Leaving Certificate, 1937
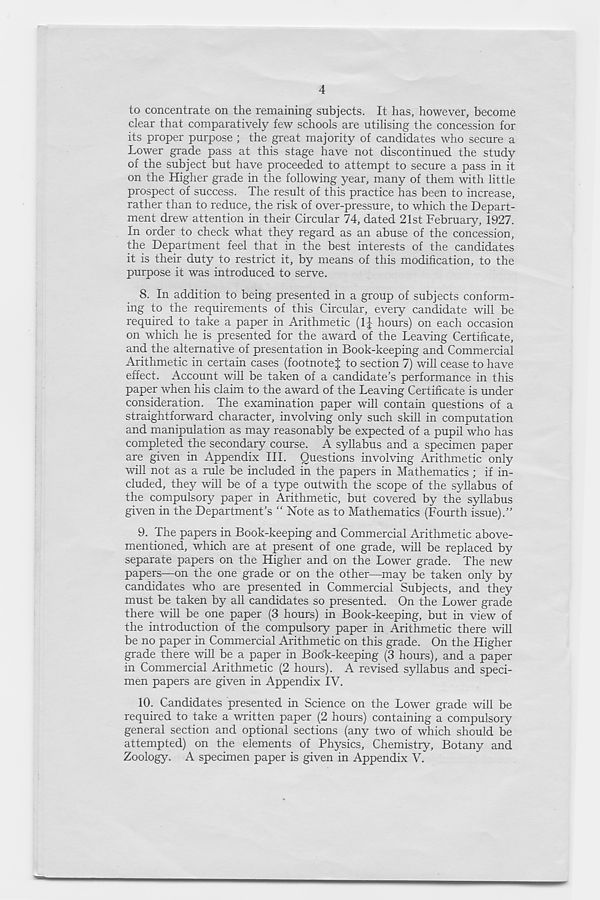
4
to concentrate on the remaining subjects. It has, however, become
clear that comparatively few schools are utilising the concession for
its proper purpose ; the great majority of candidates who secure a
Lower grade pass at this stage have not discontinued the study
of the subject but have proceeded to attempt to secure a pass in it
on the Higher grade in the following year, many of them with little
prospect of success. The result of this practice has been to increase,
rather than to reduce, the risk of over-pressure, to which the Depart-
ment drew attention in their Circular 74, dated 21st February, 1927.
In order to check what they regard as an abuse of the concession,
the Department feel that in the best interests of the candidates
it is their duty to restrict it, by means of this modification, to the
purpose it was introduced to serve.
8. In addition to being presented in a group of subjects conform-
ing to the requirements of this Circular, every candidate will be
required to take a paper in Arithmetic (1J hours) on each occasion
on which he is presented for the award of the Leaving Certificate,
and the alternative of presentation in Book-keeping and Commercial
Arithmetic in certain cases (footnotej to section 7) will cease to have
effect. Account will be taken of a candidate’s performance in this
paper when his claim to the award of the Leaving Certificate is under
consideration. The examination paper will contain questions of a
straightforward character, involving only such skill in computation
and manipulation as may reasonably be expected of a pupil who has
completed the secondary course. A syllabus and a specimen paper
are given in Appendix III. Questions involving Arithmetic only
will not as a rule be included in the papers in Mathematics ; if in-
cluded, they will be of a type outwith the scope of the syllabus of
the compulsory paper in Arithmetic, but covered by the syllabus
given in the Department’s “ Note as to Mathematics (Fourth issue).”
9. The papers in Book-keeping and Commercial Arithmetic above-
mentioned, which are at present of one grade, will be replaced by
separate papers on the Higher and on the Lower grade. The new
papers—on the one grade or on the other—may be taken only by
candidates who are presented in Commercial Subjects, and they
must be taken by all candidates so presented. On the Lower grade
there will be one paper (3 hours) in Book-keeping, but in view of
the introduction of the compulsory paper in Arithmetic there will
be no paper in Commercial Arithmetic on this grade. On the Higher
grade there will be a paper in Book-keeping (3 hours), and a paper
in Commercial Arithmetic (2 hours). A revised syllabus and speci-
men papers are given in Appendix IV.
10. Candidates presented in Science on the Lower grade will be
required to take a written paper (2 hours) containing a compulsory
general section and optional sections (any two of which should be
attempted) on the elements of Physics, Chemistry, Botany and
Zoology. A specimen paper is given in Appendix V.